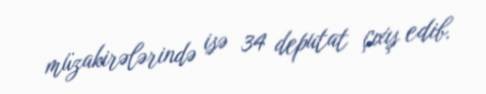
müzakirələrində isə 34 deputat çıxış edib.